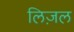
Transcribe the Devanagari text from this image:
लिज़ल